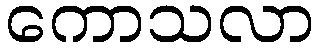
ကောသလာ